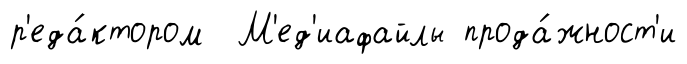
р'еда́ктором М'ед'иафайлы прода́жност'и